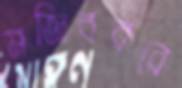
মজিবররে